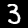
Label: 3